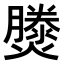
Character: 𤑘